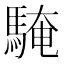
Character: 𩤔